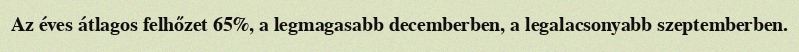
Az éves átlagos felhőzet 65%, a legmagasabb decemberben, a legalacsonyabb szeptemberben.